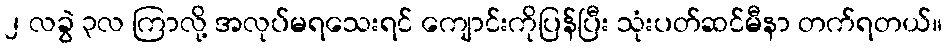
၂ လခွဲ ၃လ ကြာလို့ အလုပ်မရသေးရင် ကျောင်းကိုပြန်ပြီး သုံးပတ်ဆင်မီနာ တက်ရတယ်။